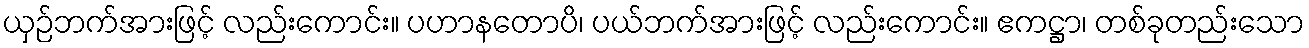
ယှဉ်ဘက်အားဖြင့် လည်းကောင်း။ ပဟာနတောပိ၊ ပယ်ဘက်အားဖြင့် လည်းကောင်း။ ဧကဋ္ဌာ၊ တစ်ခုတည်းသော